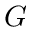
G